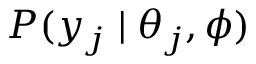
P ( y _ { j } \mid \theta _ { j } , \phi )